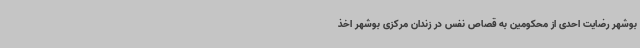
بوشهر رضایت احدی از محکومین به قصاص نفس در زندان مرکزی بوشهر اخذ